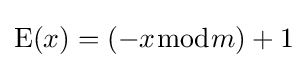
\mathrm {E} (x)=(-x{\bmod {m}})+1